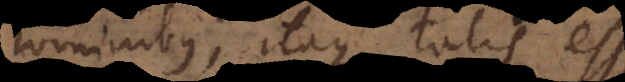
hominibus; itaque talis esse